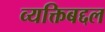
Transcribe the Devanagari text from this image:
व्यक्तिबद्दल